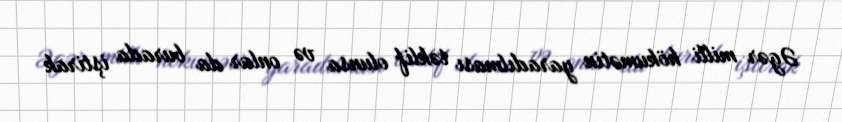
Əgər milli hökumətin yaradılması təklif olunsa və onlar da burada iştirak